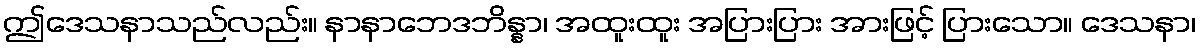
ဤဒေသနာသည်လည်း။ နာနာဘေဒဘိန္နာ၊ အထူးထူး အပြားပြား အားဖြင့် ပြားသော။ ဒေသနာ၊